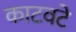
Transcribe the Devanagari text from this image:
काटवटे